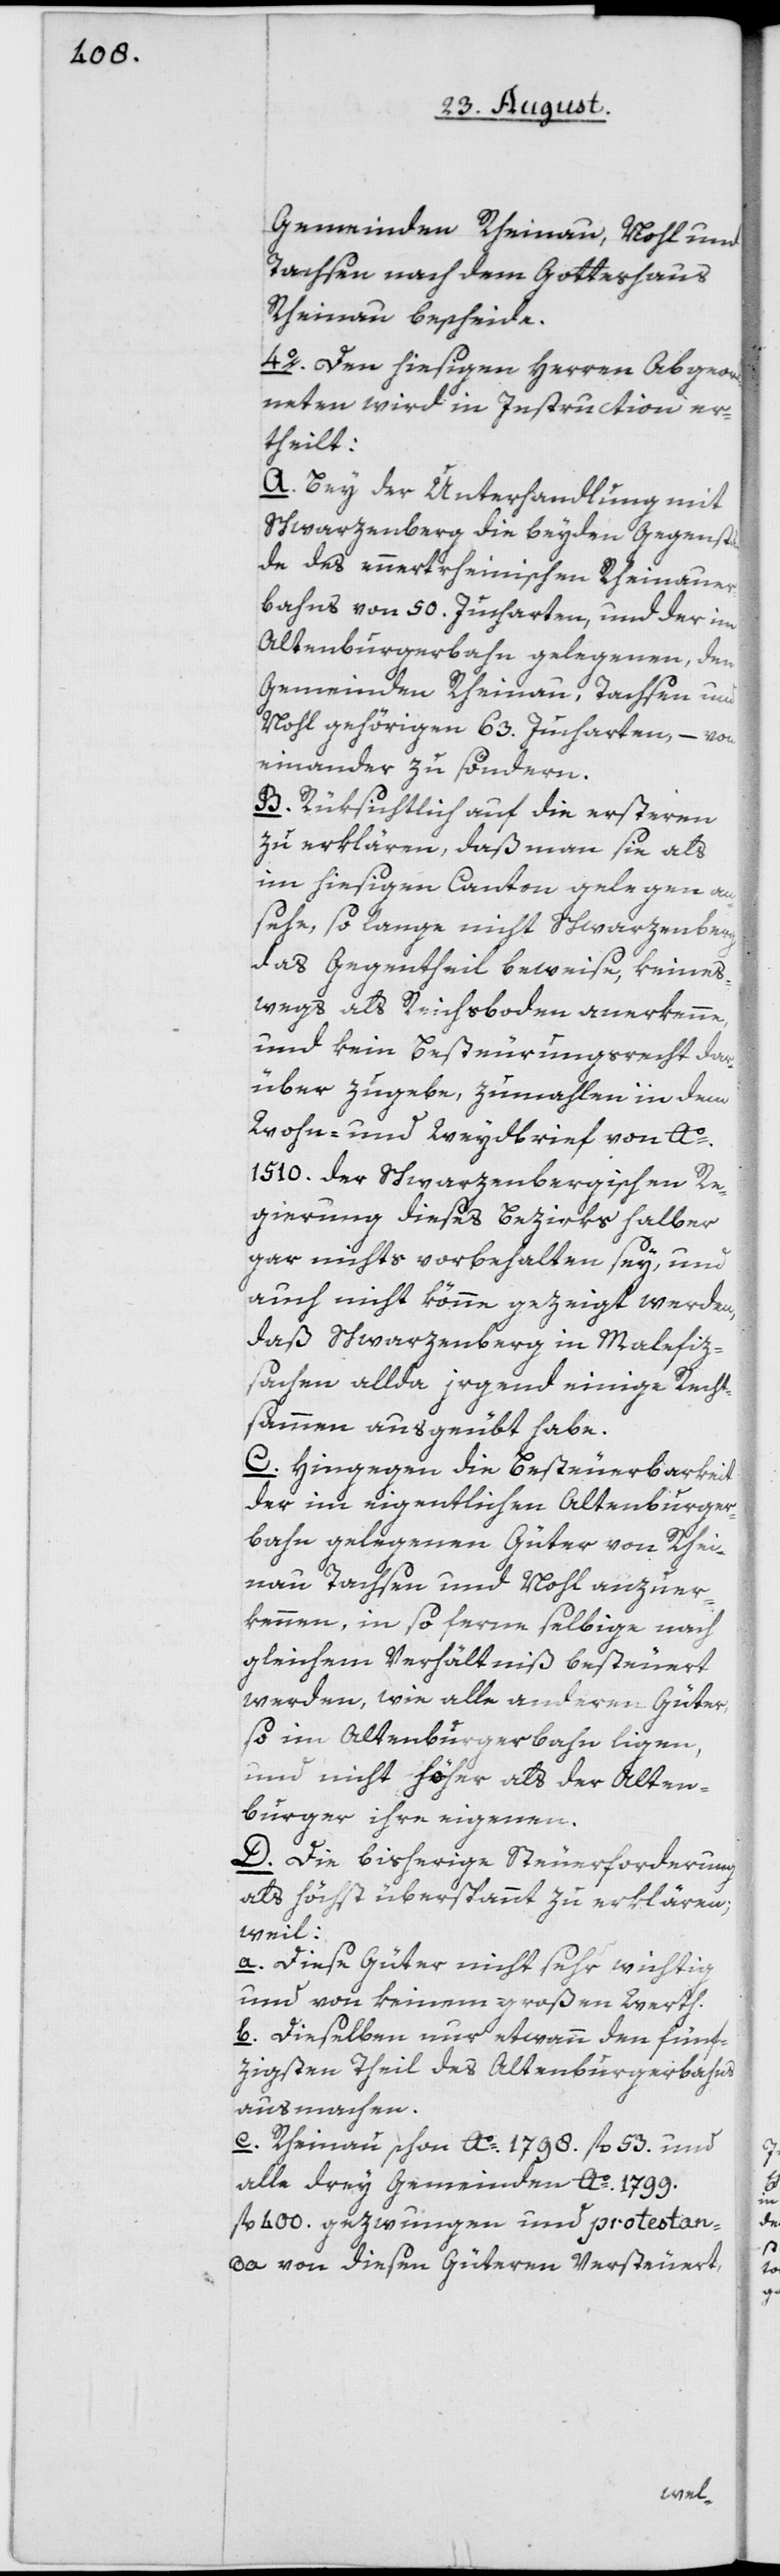
Gemeinden Rheinau, Nohl und
Tachsen nach dem Gotteshaus
Rheinau bescheide.
4o. Den hiesigen Herren Abgeord¬
neten wird in Instruction er¬
theilt:
A. Bey der Unterhandlung mit
Schwarzenberg die beyden Gegenstä¬
nde des ennert rheinischen Rheinauer¬
bahns von 50. Jucharten, und der im
Altenburgerbahn gelegenen, den
Gemeinden Rheinau, Tachsen und
Nohl gehörigen 63. Jucharten, – von
einander zu sondern.
B. Rüksichtlich auf die ersteren
zu erklären, daß man sie als
im hiesigen Canton gelegen an¬
sehe, so lange nicht Schwarzenberg
das Gegentheil beweise, keines¬
wegs als Reichsboden anerkenne,
und kein Besteurungsrecht dar¬
über zugebe, zumahlen in dem
Wohn- und Weydbrief von Ao.
1510. der Schwarzenbergischen Re¬
gierung dieses Bezirks halber
gar nichts vorbehalten sey, und
auch nicht könne, gezeigt werden,
daß Schwarzenberg in Malefiz¬
sachen allda irgend einige Recht¬
sammen ausgeübt habe.
C. Hingegen die Besteuerbarkeit
der im eigentlichen Altenburger¬
bahn gelegenen Güter von Rhei¬
nau Tachsen und Nohl anzuer¬
kennen, in so ferne selbige nach
gleichem Verhältniß besteuert
werden, wie alle anderen Güter,
so im Altenburgerbahn liegen,
und nicht höher als der Alten¬
burger ihre eigenen.
D. Die bisherige Steuerforderung
als höchst überspannt zu erklären;
weil:
a. Diese Güter nicht sehr wichtig
und von keinem großen Werth.
b. Dieselben nur etwann den fünf¬
zigsten Theil des Altenburgerbahns
ausmachen.
c. Rheinau schon Ao. 1798. fl. 53. und
alle drey Gemeinden Ao. 1799.
fl. 400. gezwungen und protestan¬
da von diesen Güteren Versteuert,